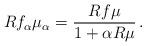
LaTeX: \begin{align*}Rf_\alpha\mu_\alpha = \frac{Rf\mu}{1+\alpha R\mu}\,.\end{align*}